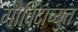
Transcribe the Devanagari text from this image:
गोविंदाच्युत